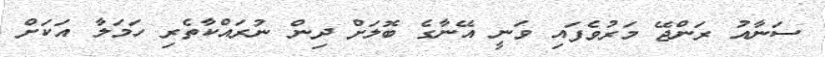
ސަނާއު ރަންޖޭ މަރުވެފައި ވަނީ އޭނާގެ ބޮލަށް ދިން ނުރައްކާތެރި ހަމަލާ އަކަށް